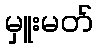
မှူးမတ်